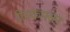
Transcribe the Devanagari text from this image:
रोमकपत्तन